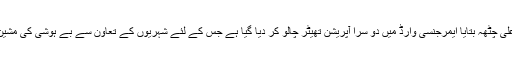
ڈی سی او لیاقت علی چٹھہ بتایا ایمرجنسی وارڈ میں دو سرا آپریشن تھیٹر چالو کر دیا گیا ہے جس کے لئے شہریوں کے تعاون سے بے ہوشی کی مشین خریدی گئی ہے۔